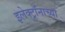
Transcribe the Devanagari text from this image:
इलेक्ट्रॉनाच्या